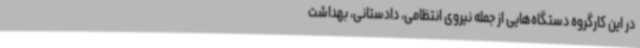
در این کارگروه دستگاه‌هایی از جمله نیروی انتظامی، دادستانی، بهداشت